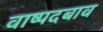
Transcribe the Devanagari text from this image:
वाष्पदबाव